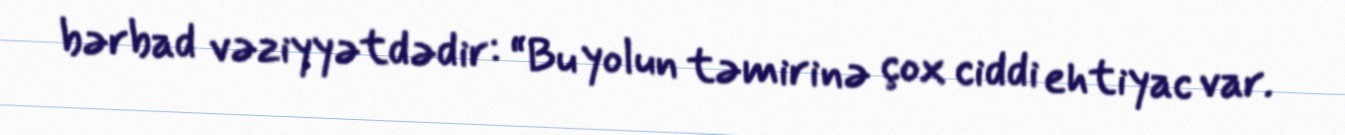
bərbad vəziyyətdədir: “Bu yolun təmirinə çox ciddi ehtiyac var.